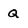
Character: Q